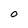
Character: O